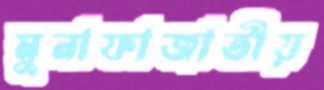
মুনাফাজাতীয়